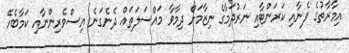
އިމާރާތުގެ ފެނާއި ކަރަންޓާއި ނަރުދަމާގެ ނިޒާމަށް ދިމާވާ މައްސަލަތައް ދެނެގަނެ އިސްވެރިންނާއި ކަމާބެހޭ